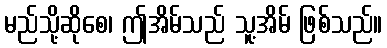
မည်သို့ဆိုစေ၊ ဤအိမ်သည် သူ့အိမ် ဖြစ်သည်။